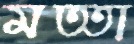
মত্তা